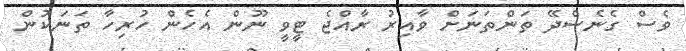
ވެސް ގެނެސްދޭ ތަންތަނަށް ވާއިރު ރާއްޖެ ޓީވީ ނޫން އެހެން ހުރިހާ ތަނަކުން